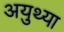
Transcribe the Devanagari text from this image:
अयुथ्या